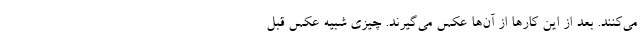
می‌کنند. بعد از این کارها از آن‌ها عکس می‌گیرند. چیزی شبیه عکس قبل